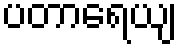
ပတာရေယျ